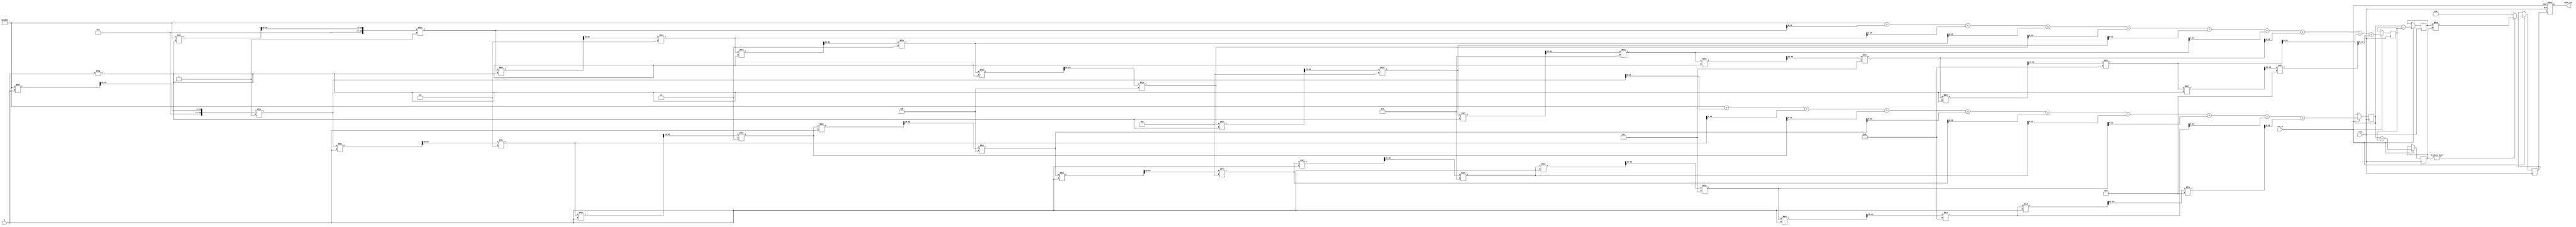
module tanh #(parameter WIDTH = 16)(
    input wire [WIDTH-1:0] x,       // input x in fixed-point format
    output reg [WIDTH-1:0] tanh_out, // output tanh(x)
    input wire clk,
    input wire rst_n
);

    // Internal variables
    reg [WIDTH-1:0] exp_x;
    reg [WIDTH-1:0] exp_neg_x;
    reg [WIDTH-1:0] numerator;
    reg [WIDTH-1:0] denominator;
    reg [WIDTH-1:0] result;

    // Simple approximation for e^x using Taylor series (limited terms)
    function [WIDTH-1:0] exp_approx;
        input [WIDTH-1:0] val;
        reg [WIDTH*4-1:0] term;
        reg [WIDTH-1:0] sum;
        integer i;
        begin
            sum = 0;
            term = 1 << (WIDTH-1); // 1 in fixed-point
            for (i = 0; i < 10; i = i + 1) begin // 10 terms for approximation
                sum = sum + term;
                term = (term * val) >> (WIDTH-1); // multiply by val and adjust for fixed-point
                term = term / (i + 1); // divide by (i + 1)
            end
            exp_approx = sum;
        end
    endfunction

    always @(posedge clk or negedge rst_n) begin
        if (!rst_n) begin
            tanh_out <= 0;
        end else begin
            // Compute e^x and e^(-x)
            exp_x <= exp_approx(x);
            exp_neg_x <= exp_approx(-x);
            
            // Compute numerator and denominator
            numerator <= exp_x - exp_neg_x;
            denominator <= exp_x + exp_neg_x;
            
            // Calculate tanh(x) = numerator / denominator
            if (denominator != 0) begin
                result <= numerator / denominator; 
            end else begin
                result <= 0; // Handle division by zero scenario
            end
            
            // Output result
            tanh_out <= result;
        end
    end

endmodule